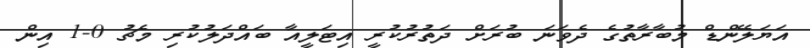
އަޔަލޭންޑް މުބާރާތުގެ ދެވަނަ ބުރަށް ދަތުރުކުރީ އިޓަލީއާ ބައްދަލުކުރި މެޗު 0-1 އިން